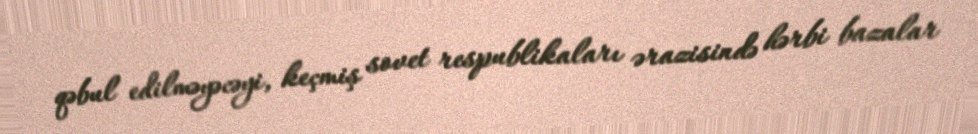
qəbul edilməyəcəyi, keçmiş sovet respublikaları ərazisində hərbi bazalar